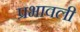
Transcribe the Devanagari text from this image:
प्रभावली